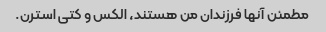
مطمئن آنها فرزندان من هستند، الکس و کتی استرن.